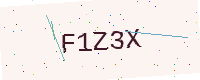
Text: F1Z3X